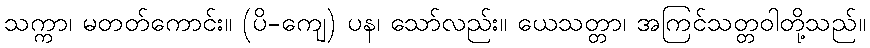
သက္ကာ၊ မတတ်ကောင်း။ (ပိ-ကျေ) ပန၊ သော်လည်း။ ယေသတ္တာ၊ အကြင်သတ္တဝါတို့သည်။